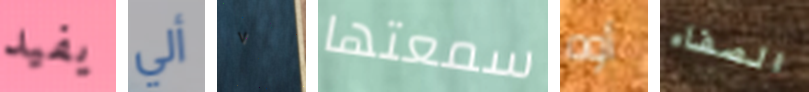
يفيد ألي ٧ سمعتها أوه الصفاء